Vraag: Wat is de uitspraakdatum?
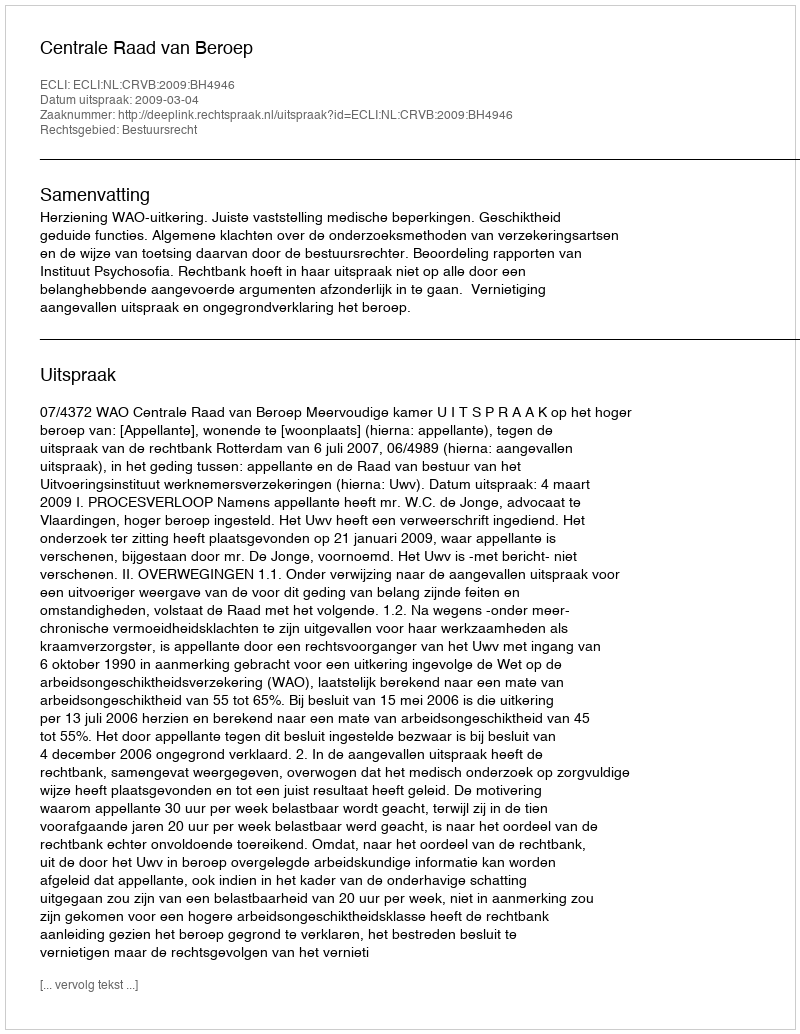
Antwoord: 2009-03-04